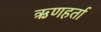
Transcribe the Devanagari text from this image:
ऋणहर्ता